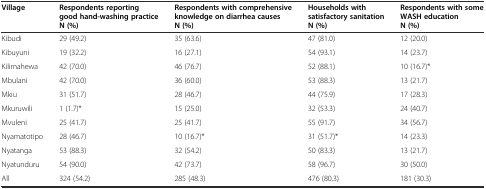
| Village | Respondents reporting good hand-washing practice N (%) | Respondents with comprehensive knowledge on diarrhea causes N (%) | Households with satisfactory sanitation N (%) | Respondents with some WASH education N (%) |
 | --- | --- | --- | --- | --- |
 | Kibudi | 29 (49.2) | 35 (63.6) | 47 (81.0) | 12 (20.0) |
 | Kibuyuni | 19 (32.2) | 16 (27.1) | 54 (93.1) | 14 (23.7) |
 | Kilimahewa | 42 (70.0) | 46 (76.7) | 52 (88.1) | 10 (16.7)* |
 | Mbulani | 42 (70.0) | 36 (60.0) | 53 (88.3) | 13 (21.7) |
 | Mkiu | 31 (51.7) | 28 (46.7) | 44 (75.9) | 17 (28.3) |
 | Mkuruwili | 1 (1.7)* | 15 (25.0) | 32 (53.3) | 24 (40.7) |
 | Mvuleni | 25 (41.7) | 25 (41.7) | 55 (91.7) | 34 (56.7) |
 | Nyamatotipo | 28 (46.7) | 10 (16.7)* | 31 (51.7)* | 14 (23.3) |
 | Nyatanga | 53 (88.3) | 32 (54.2) | 50 (83.3) | 13 (21.7) |
 | Nyatunduru | 54 (90.0) | 42 (73.7) | 58 (96.7) | 30 (50.0) |
 | All | 324 (54.2) | 285 (48.3) | 476 (80.3) | 181 (30.3) |